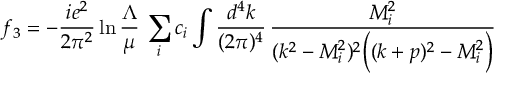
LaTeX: f _ { 3 } = - \frac { i e ^ { 2 } } { 2 \pi ^ { 2 } } \ln \frac { \Lambda } { \mu } \, \sum _ { i } c _ { i } \int \frac { d ^ { 4 } k } { ( 2 \pi ) ^ { 4 } } \, \frac { M _ { i } ^ { 2 } } { ( k ^ { 2 } - M _ { i } ^ { 2 } ) ^ { 2 } \Big ( ( k + p ) ^ { 2 } - M _ { i } ^ { 2 } \Big ) } \qquad \quad